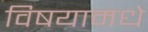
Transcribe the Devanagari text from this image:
विषयामधे